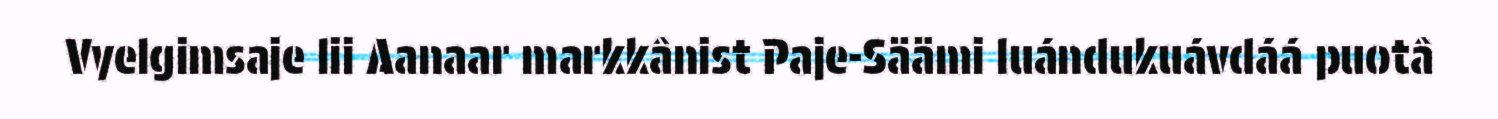
Vyelgimsaje lii Aanaar markkânist Paje-Säämi luándukuávdáá puotâ